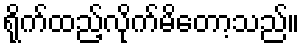
ရိုက်ထည့်လိုက်မိတော့သည်။